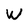
Character: W